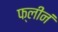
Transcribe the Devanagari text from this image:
फ्लीनं